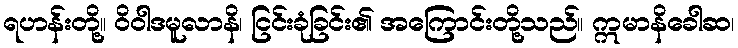
ရဟန်းတို့။ ဝိဝါဒမူလာနိ၊ ငြင်းခုံခြင်း၏ အကြောင်းတို့သည်။ ဣမာနိခေါဆ၊